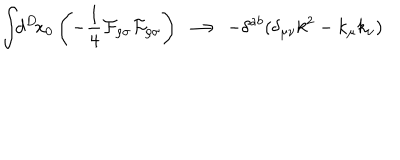
\int \! \! d ^ { D } \! x _ { 0 } \, \Biggl ( - \frac { 1 } { 4 } { \cal F } _ { \rho \sigma } { \cal F } _ { \rho \sigma } \Biggr ) \; \longrightarrow \; - \delta ^ { a b } ( \delta _ { \mu \nu } k ^ { 2 } - k _ { \mu } k _ { \nu } )